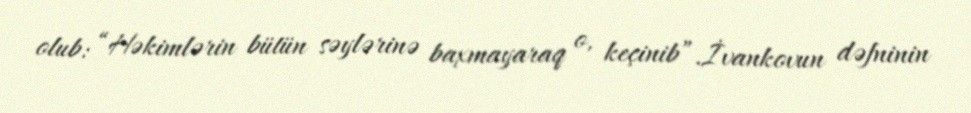
olub: “Həkimlərin bütün səylərinə baxmayaraq o, keçinib”.İvankovun dəfninin